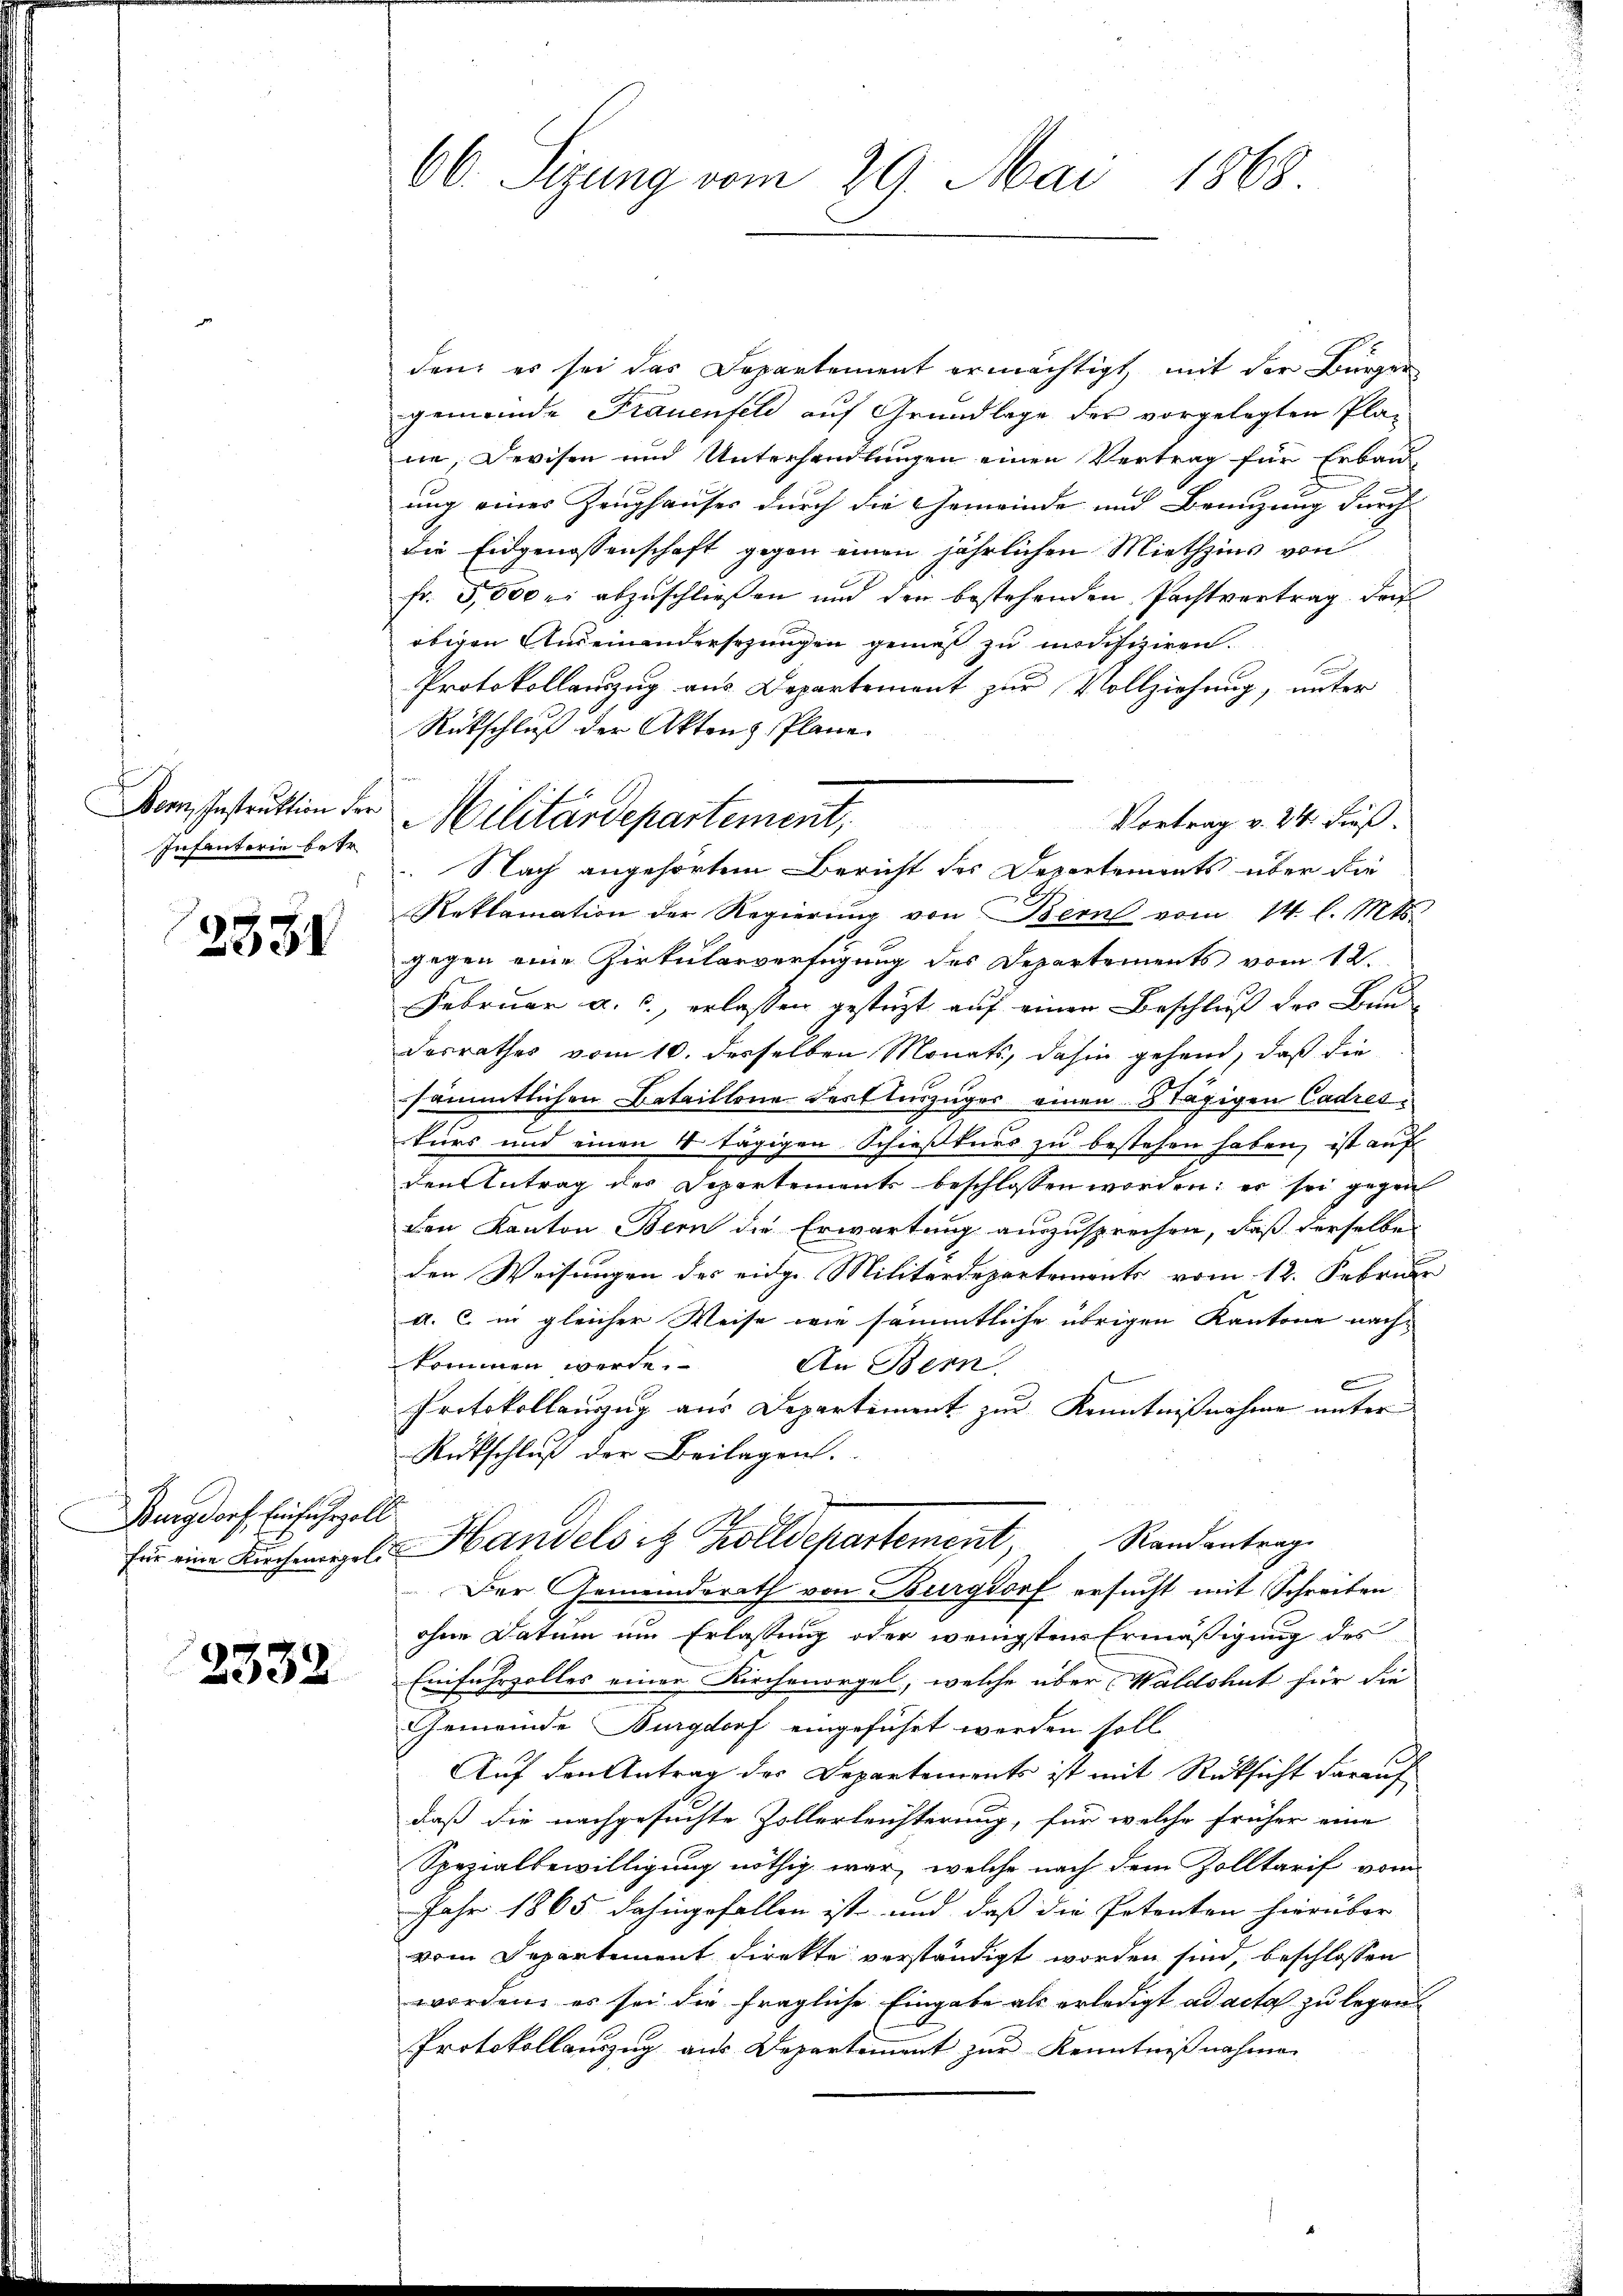
Bern, Instruktion der
Infanterie betr.

2331

Burgdorf, Einfuhrzoll
E

2338

66. Sizung vom 29. Mai 1868.

den, es sei das Departement ermächtigt, mit der Bürger
gemeinde Frauenfeld auf Grundlage der vorgelegten Plane, Devisen und Unterhandlungen einen Vertrag für Erbau-
ung eines Zeughauses durch die Gemeinde und Branzung durch
die Eidgenossenschaft gegen einen jährlichen Miethzins von
fr. 3,500 er abzuschließen und den bestehenden Pachtvertrag der
obigen Auseinandersezungen gemäß zu modifiziren.
Protokollauszug aus Departement zur Vollziehung, unter
Rückschluß der Akten Plane
Vortrag v. 244 dieß.
Reklamation der Regierung von Bern vom 14. l. Mts.
gegen eine Zirkularverfügung des Departements vom 12.
Februar a. c., erlassen gestüzt auf einen Beschluß der Bunde
Dasrathes vom 10. desselben Monats, dahin gehend, daß die
sämmtlichen Bataillone dort Auszüger einen 8 tägigen Cadreskurs und einen 4 tägigen Schießkurs zu bestehen haben, ist auf
den Antrag der Departements beschlossen worden; er sei gegen
den Kanton Bern die Erwartung auszusprechen, daß derselbe
den Weisungen des eidge Militärdepartements vom 12. Februar
a. c. in gleicher Weise wie sämmtliche übrigen Kantone nachkommen werde.
An Bern.
e
Protokollauszug aus Departement zur Kenntnißnahme unter
Rückschluß der Beilagen.
Randantrag
für eine Kirchegel. Handels et Zolldepartement,
Der Gemeinderath von Burgdorf ersucht mit Schreiben
ohne Datum um Erlassung oder wenigsten Ermäßigung des
Einfuhrzolles einer Kirchenorgel, welche über Waldshut für die
Gemeinde Burgdorf eingeführt werden soll
Auf den Antrag der Departements ist mit Rücksicht darauf
daß die nachgesuchte Zollerleichterung, für welche früher eine
Spezialbewilligung nöthig war, welche nach dem Zolltarif von
Jahr 1865 dahingefallen ist und daß die Petenten hierüber |
vom Departement direkte verständigt worden sind, beschlossen
worden, es sei die fragliche Eingabe als erledigt ad acta zu legen
Protokollauszug aus Departement zur Kenntnißnahmen

Militärdepartement,
 Nach angehörtem Bericht des Departements über die